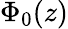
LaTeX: \Phi_{0}(z)